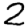
Digit: 2